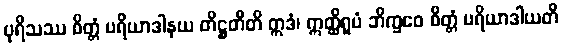
ပုရိသဿ စိတ္တံ ပရိယာဒါနယ တိဋ္ဌတီတိ ဣဒံ၊ ဣတ္ထိရူပံ ဘိက္ခဝေ စိတ္တံ ပရိယာဒါယတိ